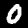
Label: 0